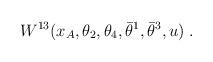
LaTeX: \begin{align*} W^{13}(x_A,\theta_{2},\theta_{4}, \bar\theta^1,\bar\theta^3, u)\;.\end{align*}